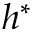
h ^ { * }